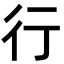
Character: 行